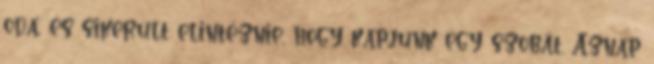
oda, és sikerült elintéznie, hogy kapjunk egy szobát. Aznap